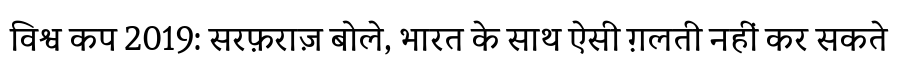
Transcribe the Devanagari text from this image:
विश्व कप 2019: सरफ़राज़ बोले, भारत के साथ ऐसी ग़लती नहीं कर सकते